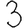
Digit: 3